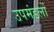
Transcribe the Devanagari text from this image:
उपमंडलों